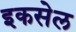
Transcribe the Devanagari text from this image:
इकसेल